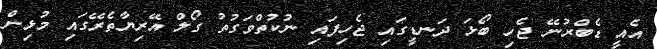
އެއީ ޑެބްރުނޭ ޖެހި ބޯޅަ ދަނޑީގައި ޖެހިފައި ނުކުތްވަގުތު ގޯލް އޭރިޔާތެރޭގައި މުޅިން